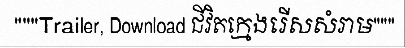
"""Trailer, Download ជីវិតក្មេងរើសសំរាម"""